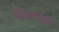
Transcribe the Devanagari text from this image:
हिमवतखंड